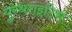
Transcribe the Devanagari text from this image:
युरेथराइटिस